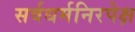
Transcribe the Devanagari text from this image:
सर्वधर्मनिरपेक्ष